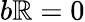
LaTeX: b\mathbb{R}=0